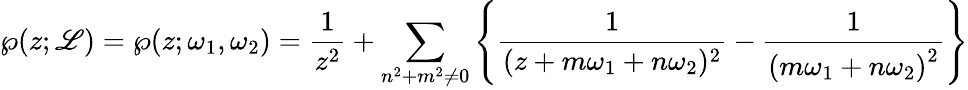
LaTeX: \wp(z;\mathscr{L})=\wp(z;\omega_{1},\omega_{2})={\frac{{1}}{{z^{2}}}}+\sum_{n^{2}+m^{2}\neq0}\left\{ {\frac{{1}}{{(z+m\omega_{1}+n\omega_{2})^{2}}}}-{\frac{{1}}{{\left(m\omega_{1}+n\omega_{2}\right)^{2}}}}\right\}